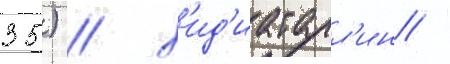
35) / х'ид'иатулл'ин /